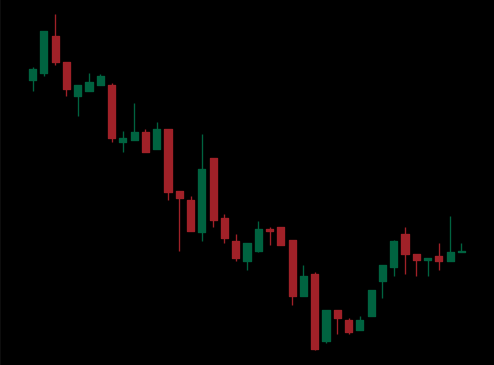
Pattern: bull_flag